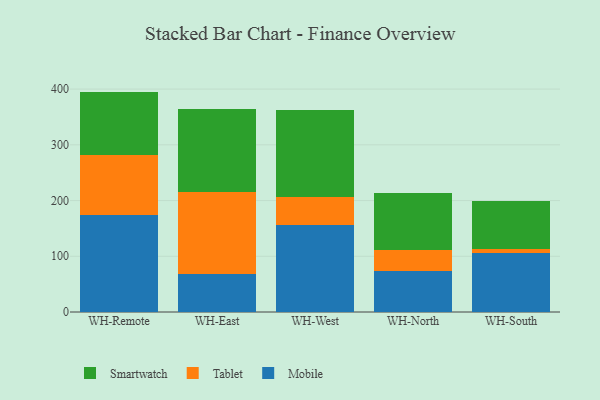
{"axis": {"x": "Warehouse", "y": "Website Visitors"}, "legend": ["Mobile", "Smartwatch", "Tablet"], "data": [{"x": "WH-Remote", "y": 173.7, "type": "Mobile"}, {"x": "WH-Remote", "y": 108.8, "type": "Tablet"}, {"x": "WH-Remote", "y": 113.0, "type": "Smartwatch"}, {"x": "WH-East", "y": 68.1, "type": "Mobile"}, {"x": "WH-East", "y": 146.5, "type": "Tablet"}, {"x": "WH-East", "y": 149.7, "type": "Smartwatch"}, {"x": "WH-West", "y": 155.7, "type": "Mobile"}, {"x": "WH-West", "y": 51.0, "type": "Tablet"}, {"x": "WH-West", "y": 155.3, "type": "Smartwatch"}, {"x": "WH-North", "y": 74.3, "type": "Mobile"}, {"x": "WH-North", "y": 36.9, "type": "Tablet"}, {"x": "WH-North", "y": 102.4, "type": "Smartwatch"}, {"x": "WH-South", "y": 106.5, "type": "Mobile"}, {"x": "WH-South", "y": 7.2, "type": "Tablet"}, {"x": "WH-South", "y": 85.1, "type": "Smartwatch"}]}